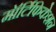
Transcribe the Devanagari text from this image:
मॉर्टिफिकेशन